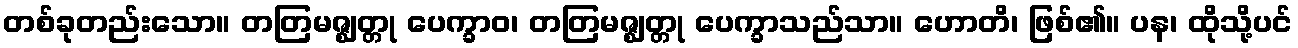
တစ်ခုတည်းသော။ တတြမဇ္ဈတ္တု ပေက္ခာဝ၊ တတြမဇ္ဈတ္တု ပေက္ခာသည်သာ။ ဟောတိ၊ ဖြစ်၏။ ပန၊ ထိုသို့ပင်